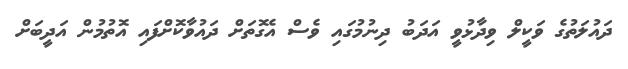
ދައުލަތުގެ ވަކީލް ވިދާޅުވީ އަދަބު ދިނުމުގައި ވެސް އެގޮތަށް ދައުވާކޮށްފައި އޮތުމުން އަދީބަށް